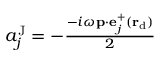
\begin{array} { r } { a _ { j } ^ { \mathrm { J } } = - \frac { - i \omega \mathbf { p } \cdot \mathbf { e } _ { j } ^ { + } ( \bf r _ { \mathrm { d } } ) } { 2 } } \end{array}